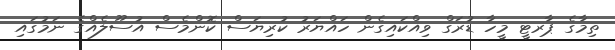
ތިމާގެ ޕާރޓީ މީހާ ޑުރަގް ވިއްކައިގެން ހައްޔަރު ކުރިޔަސް ކޮންމެސް އުސޫލެއްގެ ނަމުގައި